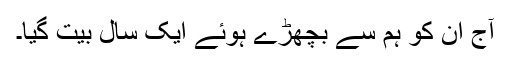
آج ان کو ہم سے بچھڑے ہوئے ایک سال بیت گیا۔